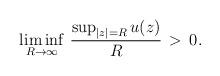
LaTeX: \begin{align*}\liminf_{R \to \infty} \, \frac{\sup_{|z| = R} u(z)}{R}\, > \, 0.\end{align*}